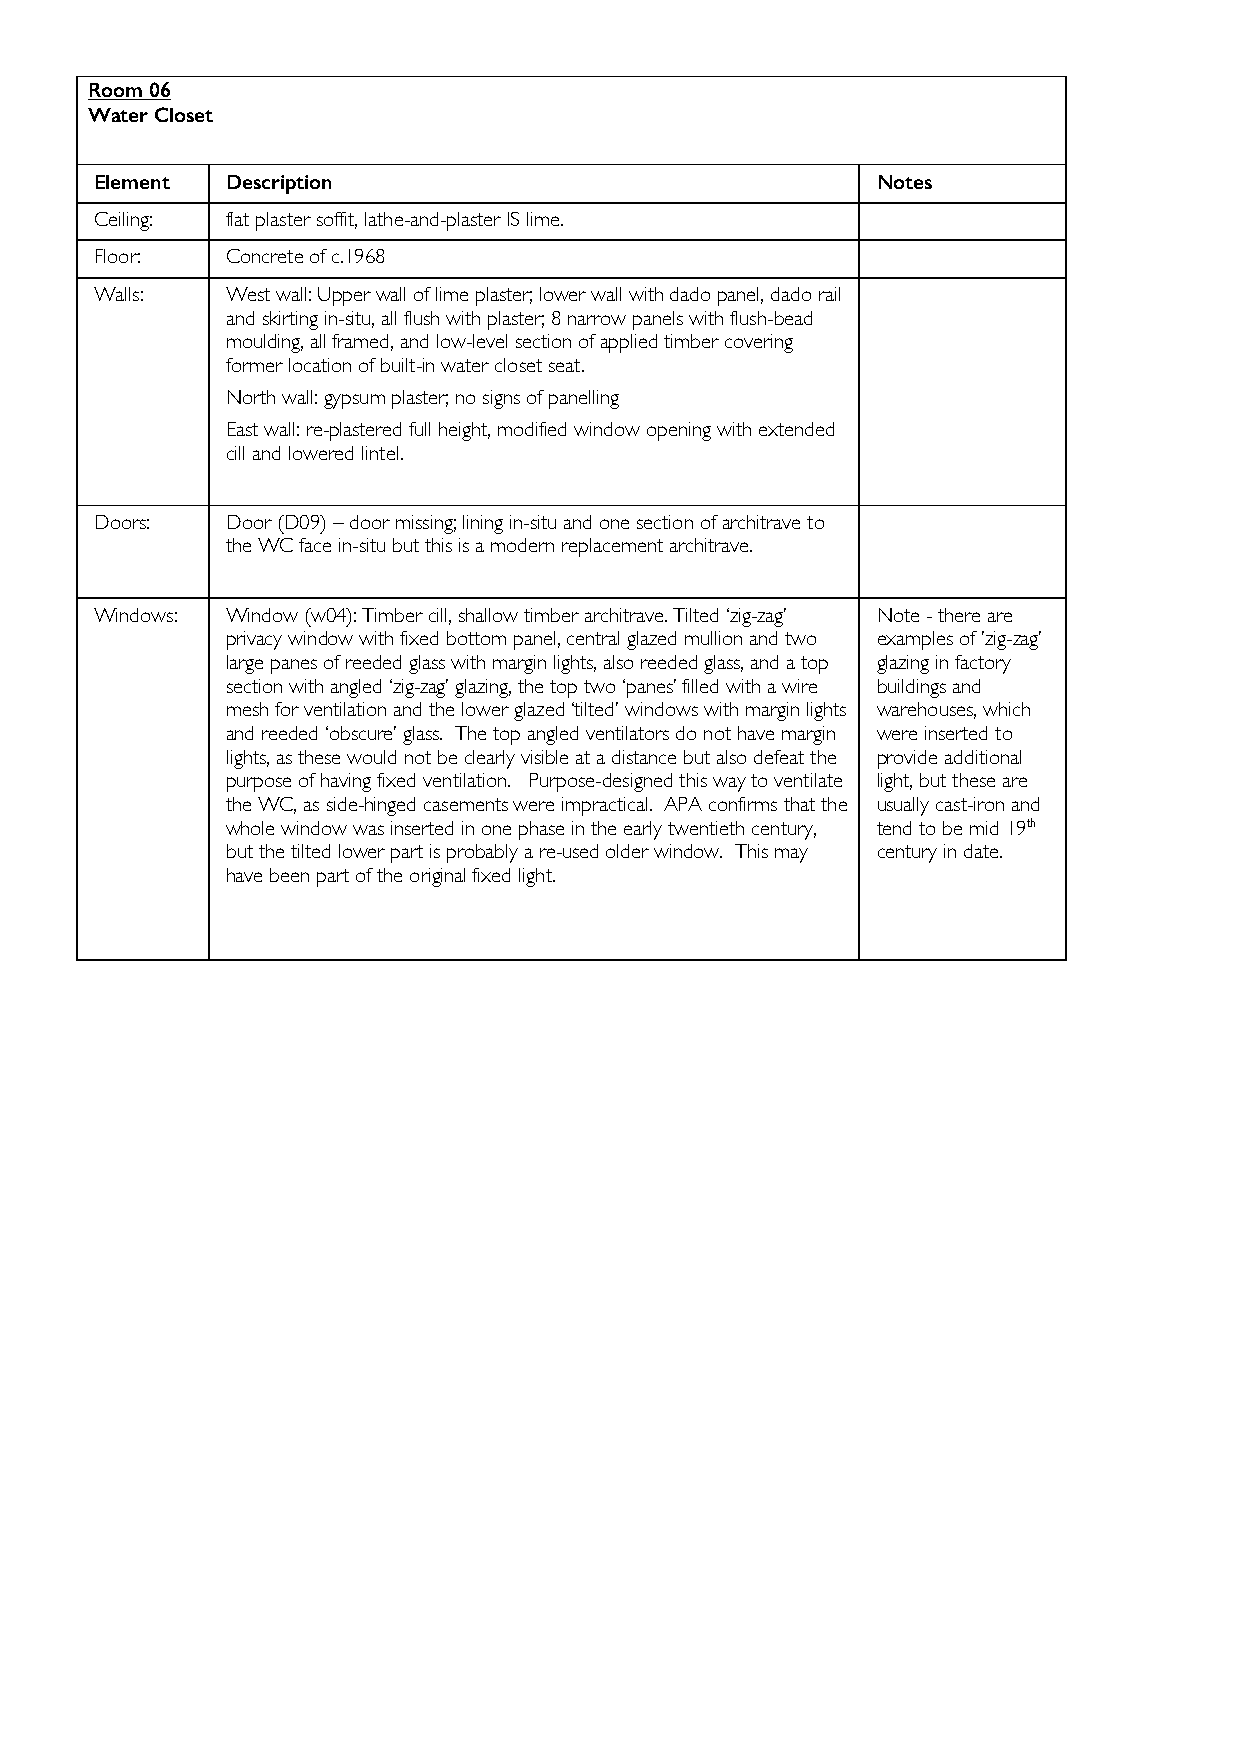
Room 06
 Water Closet
 Element  Description                                Notes
 Ceiling: flat plaster soffit, lathe-and-plaster IS lime.
 Floor:   Concrete of c.1968
 Walls:   West wall: Upper wall of lime plaster; lower wall with dado panel, dado rail
 and skirting in-situ, all flush with plaster; 8 narrow panels with flush-bead
 moulding, all framed, and low-level section of applied timber covering
 former location of built-in water closet seat.
 North wall: gypsum plaster; no signs of panelling
 East wall: re-plastered full height, modified window opening with extended
 cill and lowered lintel.
 Doors:   Door (D09) – door missing; lining in-situ and one section of architrave to
 the WC face in-situ but this is a modern replacement architrave.
 Windows: Window (w04): Timber cill, shallow timber architrave. Tilted ‘zig-zag’ Note - there are
 privacy window with fixed bottom panel, central glazed mullion and two examples of ’zig-zag’
 large panes of reeded glass with margin lights, also reeded glass, and a top glazing in factory
 section with angled ‘zig-zag’ glazing, the top two ‘panes’ filled with a wire buildings and
 mesh for ventilation and the lower glazed ‘tilted’ windows with margin lights warehouses, which
 and reeded ‘obscure’ glass. The top angled ventilators do not have margin were inserted to
 lights, as these would not be clearly visible at a distance but also defeat the provide additional
 purpose of having fixed ventilation. Purpose-designed this way to ventilate light, but these are
 the WC, as side-hinged casements were impractical. APA confirms that the usually cast-iron and
 whole window was inserted in one phase in the early twentieth century, tend to be mid 19th
 but the tilted lower part is probably a re-used older window. This may century in date.
 have been part of the original fixed light.